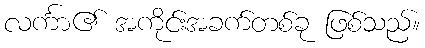
လင်္ကာ၏ အကိုင်းအခက်တစ်ခု ဖြစ်သည်။